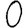
Digit: 0